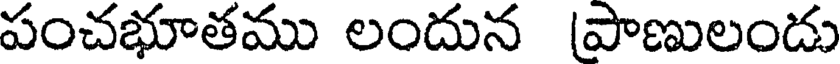
పంచభూతము లందున (పాణులండు